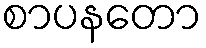
စာပနတော